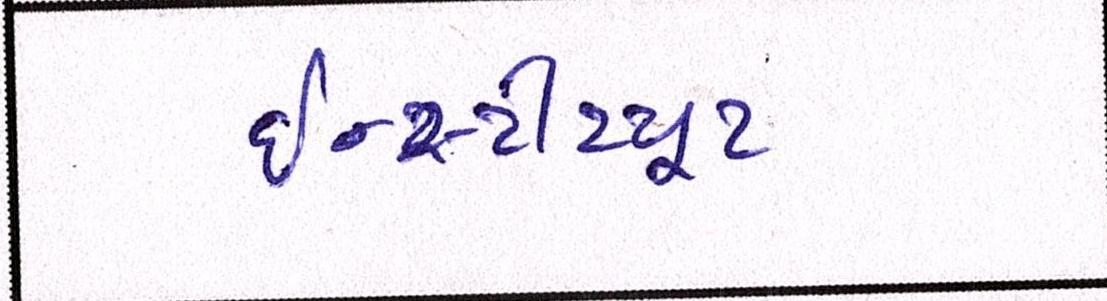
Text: ઇન્સ્ટીટયૂટ